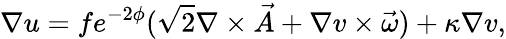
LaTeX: \nabla u=fe^{-2\phi}(\sqrt{2}\nabla\times\vec{A}+\nabla v\times\vec{\omega})+\kappa\nabla v,